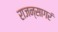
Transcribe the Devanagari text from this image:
राजन्सागरं